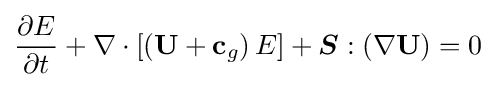
{\frac {\partial E}{\partial t}}+\nabla \cdot \left[\left(\mathbf {U} +\mathbf {c} _{g}\right)E\right]+{\boldsymbol {S}}:\left(\nabla \mathbf {U} \right)=0